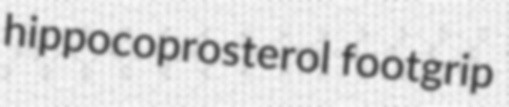
hippocoprosterol footgrip